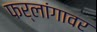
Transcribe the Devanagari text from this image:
फर्लांगावर